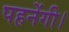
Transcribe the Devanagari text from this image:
पहनेंगी।